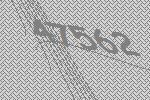
47562